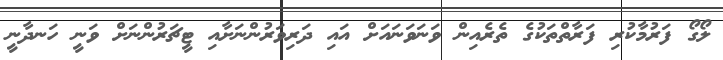
ލޯގޯ ފަރުމާކުރި ފަރާތްތަކުގެ ތެރެއިން ވަނަވަނައަށް އައި ދަރިވަރުންނަށާއި ޓީޗަރުންނަށް ވަނީ ހަނދާނީ